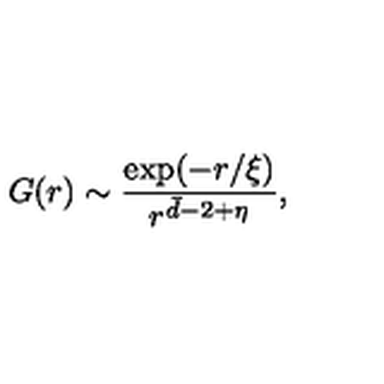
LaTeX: G ( r ) \sim \frac { \exp ( - r / \xi ) } { r ^ { \bar { d } - 2 + \eta } } ,